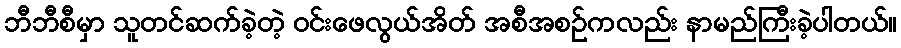
ဘီဘီစီမှာ သူတင်ဆက်ခဲ့တဲ့ ဝင်းဖေလွယ်အိတ် အစီအစဉ်ကလည်း နာမည်ကြီးခဲ့ပါတယ်။